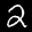
Label: 2